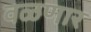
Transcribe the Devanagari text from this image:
वळणार